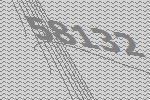
58132